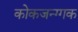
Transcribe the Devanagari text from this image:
कोकजन्ग्गक